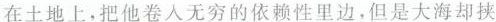
在土地上，把他卷入无穷的依赖性里边，但是大海却挟